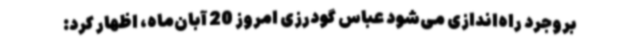
بروجرد راه‌اندازی می‌شود عباس گودرزی امروز 20 آبان‌ماه، اظهار کرد: